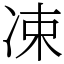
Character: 凁